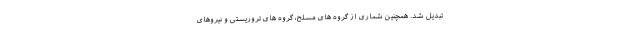
تبدیل شد. همچنین شماری از گروه های مسلح، گروه های تروریستی و نیروهای